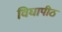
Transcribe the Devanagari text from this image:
विघापीठ